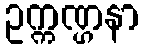
ဥက္ကဏ္ဌနာ